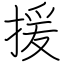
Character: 援